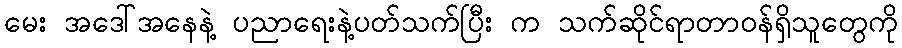
မေး အဒေါ်အနေနဲ့ ပညာရေးနဲ့ပတ်သက်ပြီး က သက်ဆိုင်ရာတာဝန်ရှိသူတွေကို